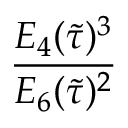
\frac { E _ { 4 } ( \tilde { \tau } ) ^ { 3 } } { E _ { 6 } ( \tilde { \tau } ) ^ { 2 } }